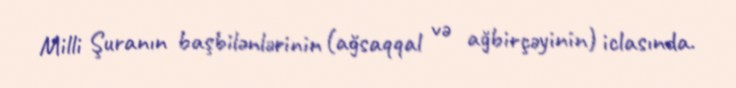
Milli Şuranın başbilənlərinin (ağsaqqal və ağbirçəyinin) iclasında.